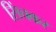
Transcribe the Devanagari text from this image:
सिंचकर